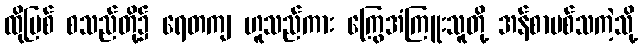
ထိုမြစ် စသည်တို့၌ ရေတကျ ဟူသည်ကား ကြွေအံကြူးသူတို့ အန်စာပစ်သကဲ့သို့